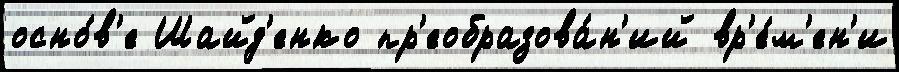
осно́в'е Шайд'енко пр'еобразова́н'ий вр'е́м'ен'и